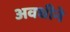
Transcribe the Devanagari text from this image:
अवधीने